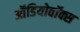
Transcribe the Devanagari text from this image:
ऑडियोवॉक्स